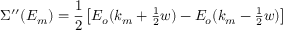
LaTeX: \Sigma ^ { \prime \prime } ( E _ { m } ) = { \frac { 1 } { 2 } } \left[ E _ { o } ( k _ { m } + { \textstyle { \frac { 1 } { 2 } } } w ) - E _ { o } ( k _ { m } - { \textstyle { \frac { 1 } { 2 } } } w ) \right]